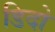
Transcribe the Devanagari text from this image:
डिदो